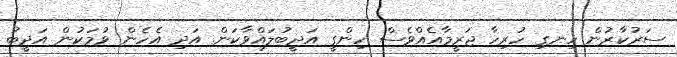
ސަރުކާރުން ހިނގި ހުރިހާ ޖަރީމާއެއްވެސް ހިންގީ އަދީބުލައްވާކަން. އަދި އެހެން ވުމަކުން އަދީބު